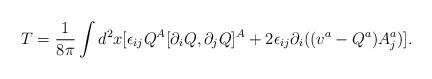
LaTeX: \begin{align*}T=\frac{1}{8\pi}\int d^2x[\epsilon_{ij}Q^A [\partial_iQ, \partial_jQ]^A+2\epsilon_{ij}\partial_i((v^a-Q^a)A^a_j)] .\end{align*}